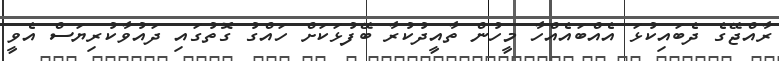
ރާއްޖޭގެ ދެބައިކުޅަ އެއްބައެއްހާ މީހުން ތާއީދުކުރާ ބޭފުޅަކަށް ހައްގު ގޮތުގައި ދައުވާކުރިޔަސް އެވީ